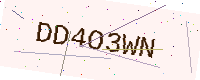
Text: DD4O3WN